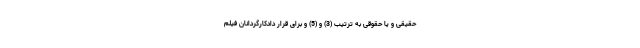
حقیقی و یا حقوقی به ترتیب (3) و (5) و برای قرار دادکارگردانان فیلم